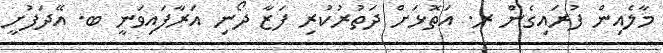
މާލެއިން ފުރައިގެން ރ. އަތޮޅަށް ދަތުރުކުރި ފަޒާ ދޯނި އަރާފައިވަނީ ބ. އޭދަފުށީ